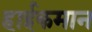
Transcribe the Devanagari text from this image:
हाईकमान